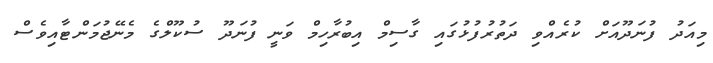
މިއަދު ފުނަދޫއަށް ކުރެއްވި ދަތުރުފުޅުގައި ގާސިމް އިބުރާހިމް ވަނީ ފުނަދޫ ސުކޫލްގެ މެނޭޖުމަންޓާއިވެސް